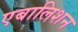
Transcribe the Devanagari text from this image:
एबालिशन